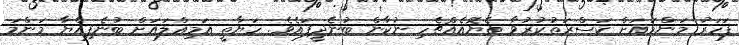
ފަހަރު މަންމައަށް ކަސްރަތުކުރުވާ ތެޔޮއެއްޗެހި ނުކާން ބުނެދީފައެވެ. ހަޔާތީ އަމިއްލައަށް ބުނެފިއްޔާ މަންމަ